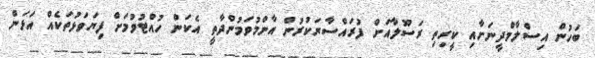
ބަހުން އިސްލާމްދީނަށާއި ކީރިތި ރަސޫލާއަށް ފުރައްސާރަކުރުން އާންމުވަމުންދާތީ އެކަން ހުއްޓުވުމަށް ފިޔަވަޅުތަކެއް އަޅަން